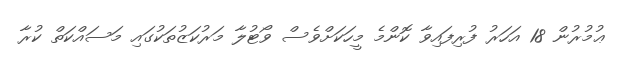
ޢުމުރުން 18 އަހަރު ފުރިފައިވާ ކޮންމެ މީހަކަށްވެސް ވޯޓުލާ މަރުކަޒުތަކުގައި މަސައްކަތް ކުރާ